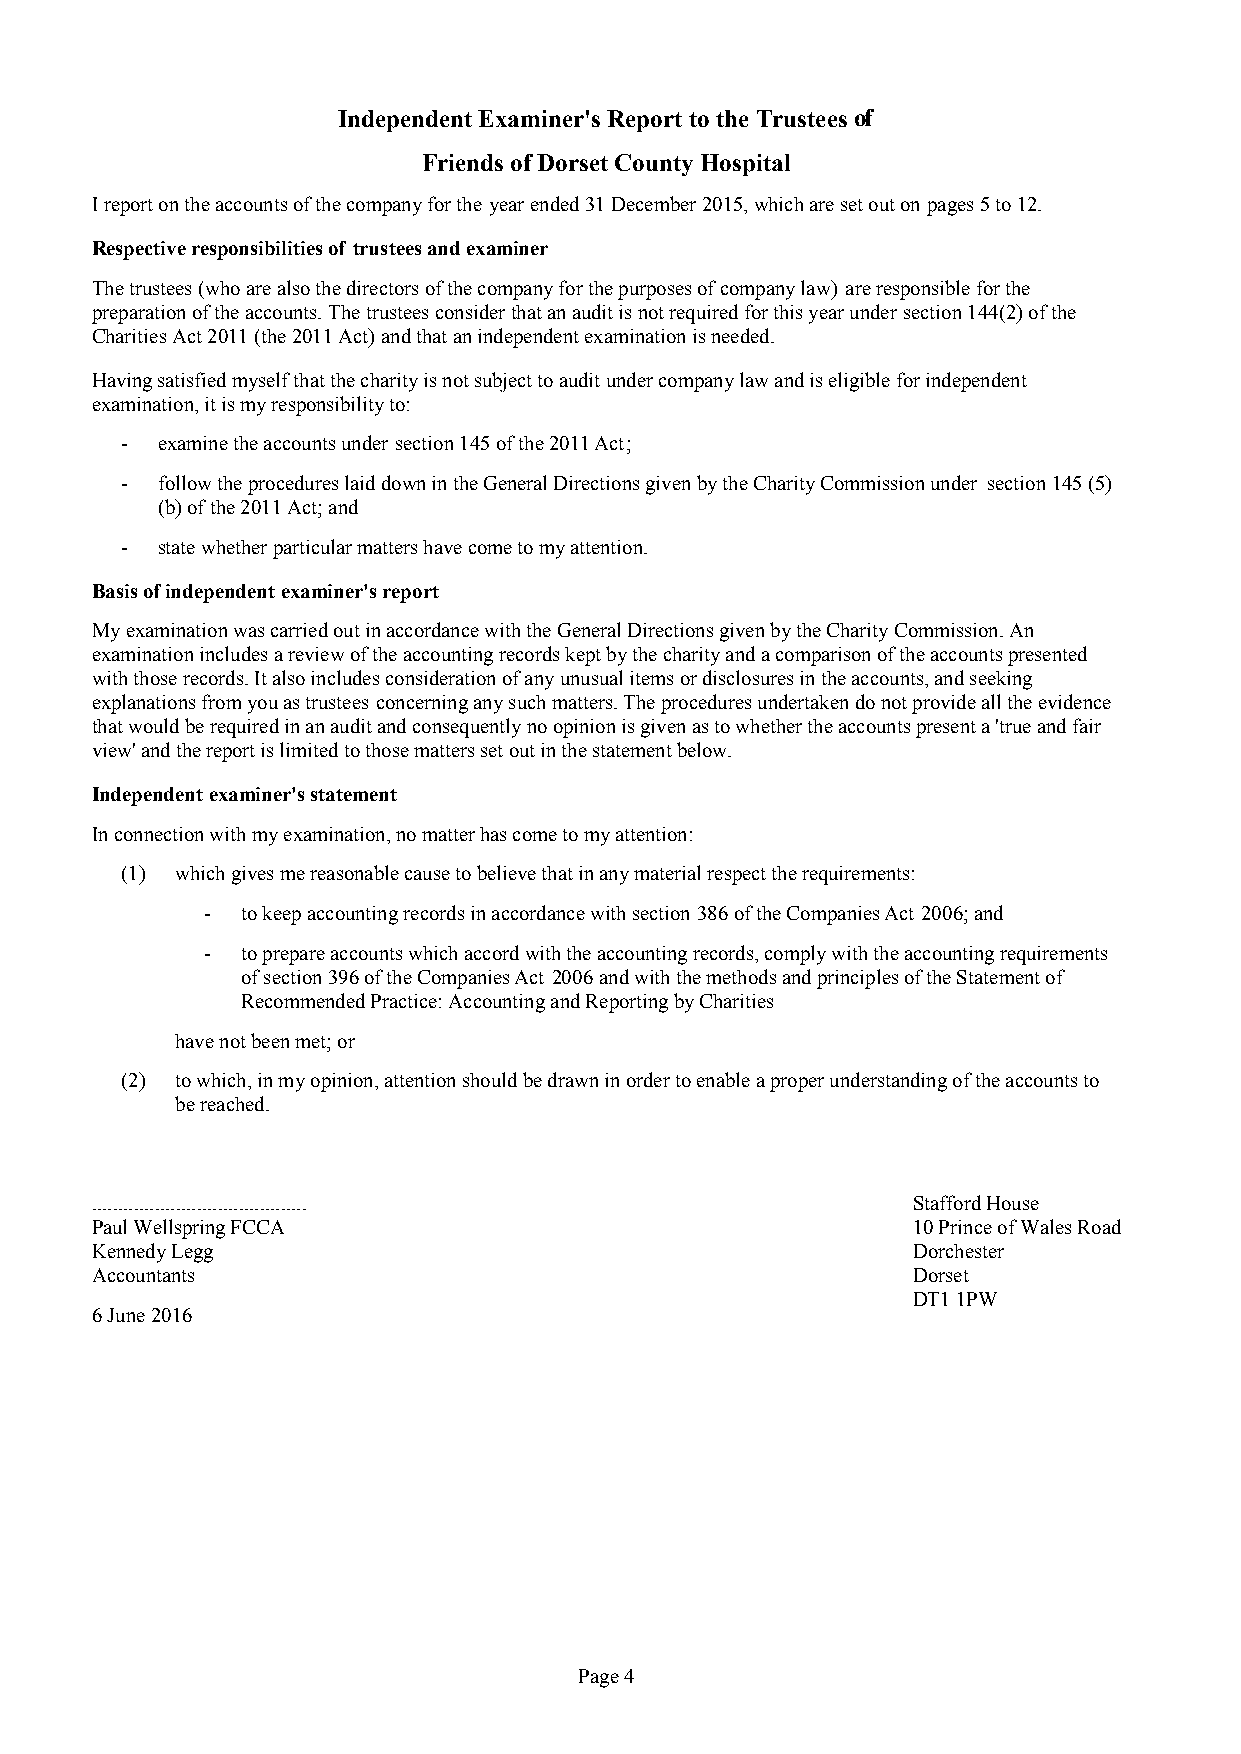
Independent Examiner's Report to the Trustees of
 Friends of Dorset County Hospital
 I report on the accounts of the company for the yearended31 December 2015, which are set out onpages5to12.
 Respective responsibilities of trusteesand examiner
 Thetrustees(whoarealso the directorsof the company for the purposes of company law) areresponsible for the
 preparation of the accounts. The trusteesconsiderthat an audit is not required for this year under section 144(2) of the
 Charities Act 2011 (the 2011 Act)and that an independent examination is needed.
 Having satisfied myself that the charity is not subject to audit under company law and is eligible for independent
 examination, it is my responsibility to:
 - examine the accounts under section 145 of the 2011 Act;
 - follow the procedures laid down in the General Directions given by the Charity Commission under section 145 (5)
 (b) of the 2011 Act; and
 - state whether particular matters have come to my attention.
 Basis of independent examiner's report
 My examination was carried out in accordance with the General Directions given by the Charity Commission. An
 examination includes a review of the accounting records kept by the charity and a comparison of the accounts presented
 with those records. It also includes consideration of any unusual items or disclosures in the accounts, and seeking
 explanations from you as trustees concerning any such matters. The procedures undertaken do not provide all the evidence
 that would be required in an audit and consequently no opinion is given as to whether the accounts present a 'true and fair
 view' and the report is limited to those matters set out in the statement below.
 Independent examiner's statement
 In connection with my examination, no matter has come to my attention:
 (1) which gives me reasonable cause to believe that in any material respect the requirements:
 - to keep accounting records in accordance with section 386of the Companies Act 2006; and
 - to prepare accounts which accord with the accounting records, comply with the accounting requirements
 of section396of the Companies Act 2006and with the methods and principles of the Statement of
 Recommended Practice: Accounting and Reporting by Charities
 have not been met; or
 (2) to which, in my opinion, attention should be drawn in order to enable a proper understanding of the accounts to
 be reached.
 .........................................             Stafford House
 Paul Wellspring FCCA                                  10 Prince of Wales Road
 Kennedy Legg                                          Dorchester
 Accountants                                           Dorset
 DT1 1PW
 6 June 2016
 Page4